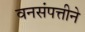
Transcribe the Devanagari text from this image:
वनसंपत्तीने